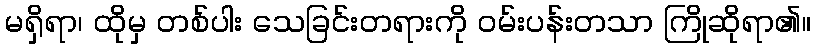
မရှိရာ၊ ထိုမှ တစ်ပါး သေခြင်းတရားကို ဝမ်းပန်းတသာ ကြိုဆိုရာ၏။